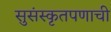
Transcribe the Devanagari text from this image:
सुसंस्कृतपणाची